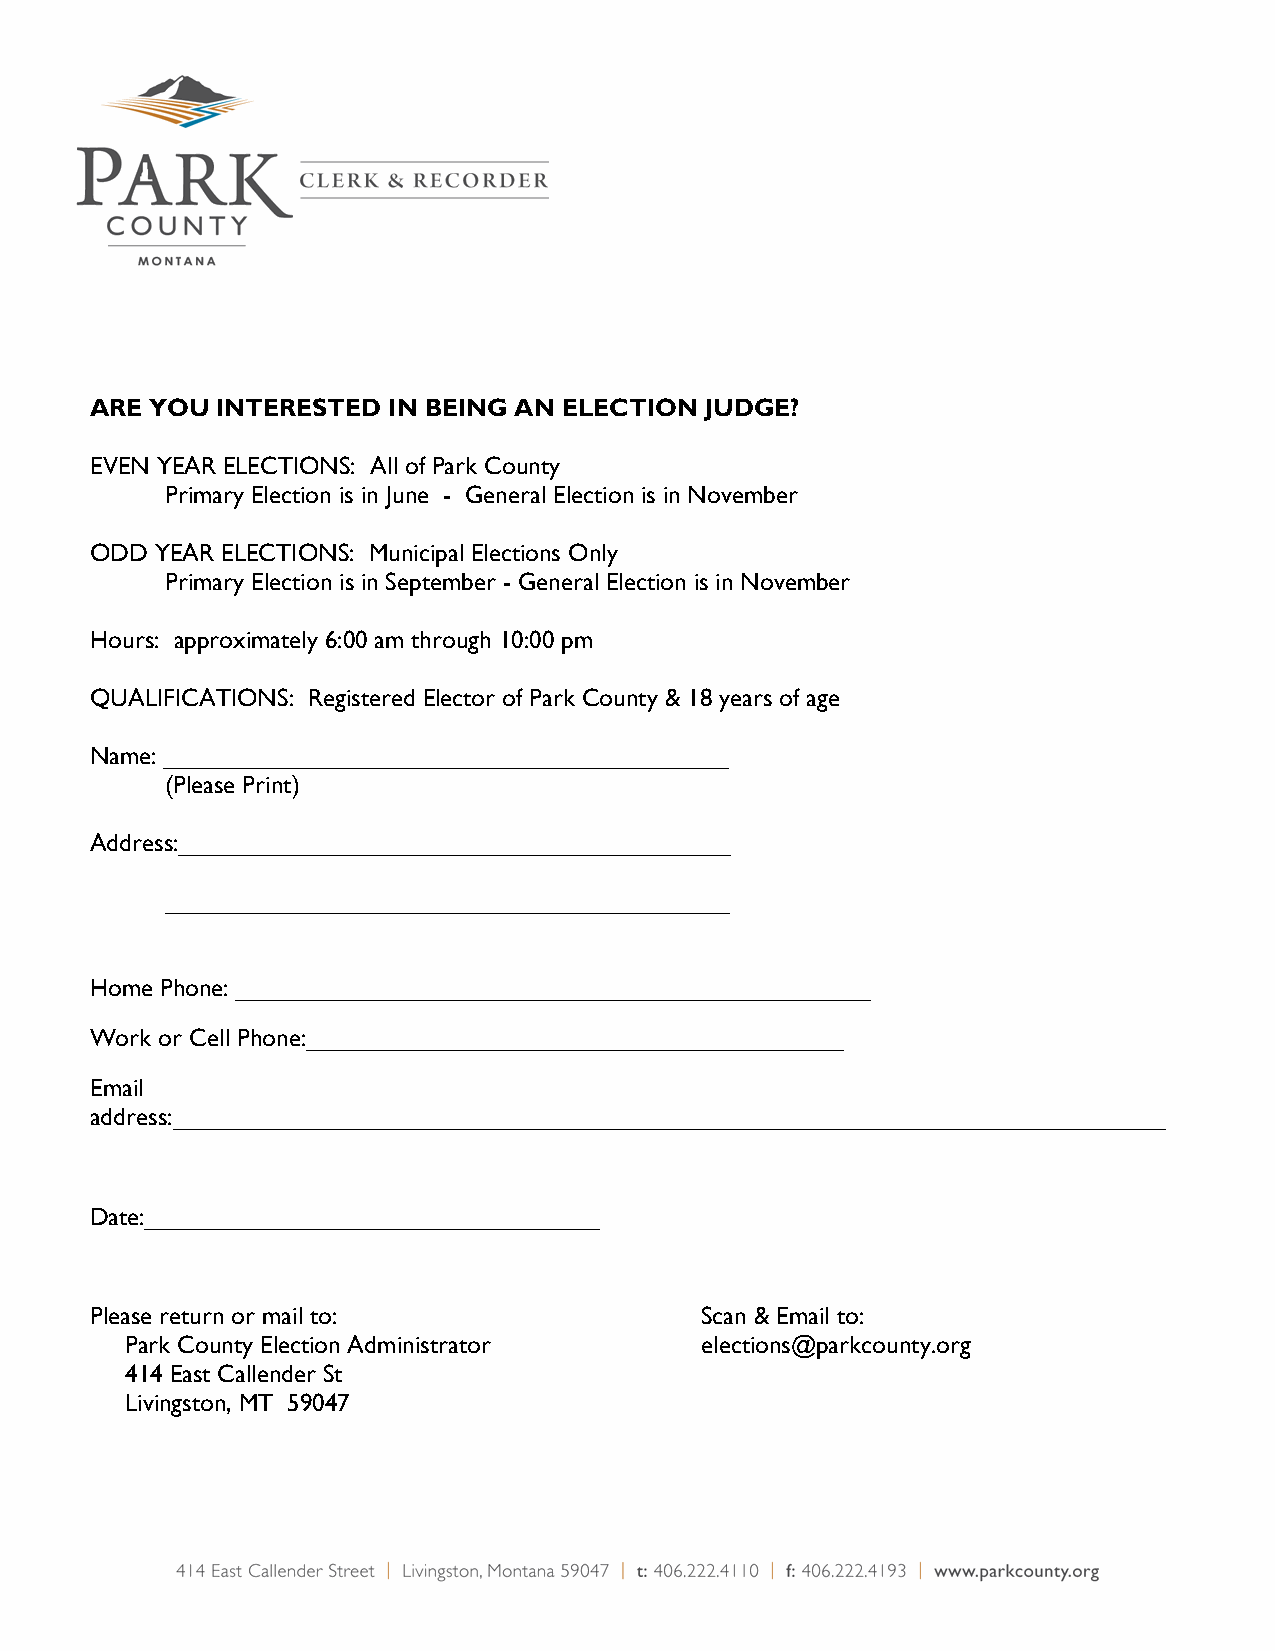
ARE YOU INTERESTED  IN BEING AN ELECTION JUDGE?
 EVEN YEAR ELECTIONS: All of Park County
 Primary Election is in June - General Election is in November
 ODD YEAR ELECTIONS: Municipal Elections Only
 Primary Election is in September - General Election is in November
 Hours: approximately 6:00 am through 10:00 pm
 QUALIFICATIONS: Registered Elector of Park County & 18 years of age
 Name: _________________________________________
 (Please Print)
 Address:________________________________________
 _________________________________________
 Home Phone: ______________________________________________
 Work or Cell Phone:_______________________________________
 Email
 address:________________________________________________________________________
 Date:_________________________________
 Please return or mail to:               Scan & Email to:
 Park County Election Administrator    elections@parkcounty.org
 414 East Callender St
 Livingston, MT 59047